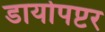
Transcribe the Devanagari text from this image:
डायोपप्टर